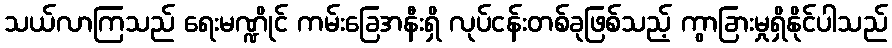
သယ်လာကြသည် ရေးမဏ္ဍိုင် ကမ်းခြေအနီးရှိ လုပ်ငန်းတစ်ခုဖြစ်သည့် ကွာခြားမှုရှိနိုင်ပါသည်